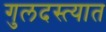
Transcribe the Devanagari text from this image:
गुलदस्त्यात